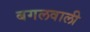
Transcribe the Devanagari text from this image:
बगलवाली